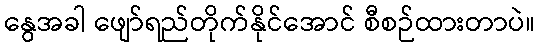
နွေအခါ ဖျော်ရည်တိုက်နိုင်အောင် စီစဉ်ထားတာပဲ။